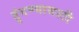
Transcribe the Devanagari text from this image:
हुंगण्यासाठी